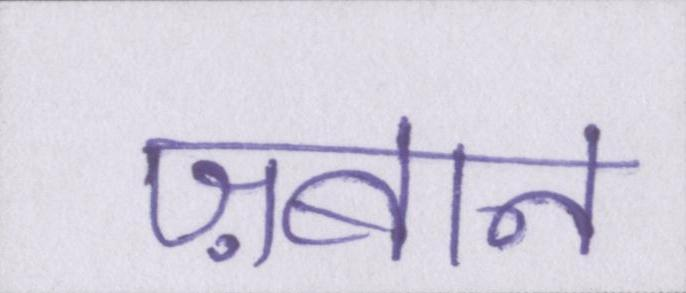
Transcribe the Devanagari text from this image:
ज़बान